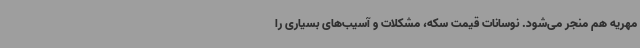
مهریه هم منجر می‌شود. نوسانات قیمت سکه، مشکلات و آسیب‌های بسیاری را